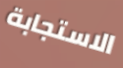
الاستجابة